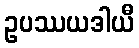
ဥပဿယဒါယီ